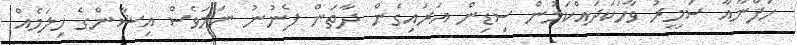
ހަފްނާއާ ސަމީރު ވާހަކަދައްކަމުން ސިޑިން އަރައިގެން ދާތަން ފެނުނު ނަމަވެސް އިޝާންގެ ހިލަމެއް